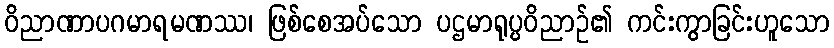
ဝိညာဏာပဂမာရမဏဿ၊ ဖြစ်စေအပ်သော ပဌမာရုပ္ပဝိညာဉ်၏ ကင်းကွာခြင်းဟူသော